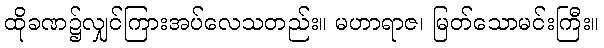
ထိုခဏ၌လျှင်ကြားအပ်လေသတည်း။ မဟာရာဇ၊ မြတ်သောမင်းကြီး။